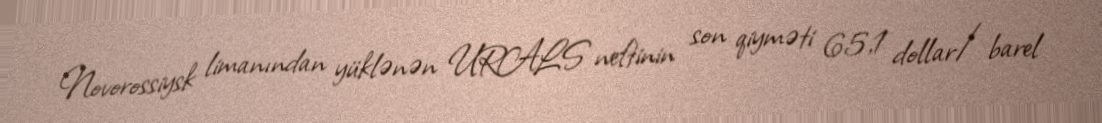
Novorossiysk limanından yüklənən URALS neftinin son qiyməti 65,1 dollar/barel